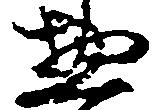
惣